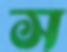
স